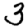
Digit: 3